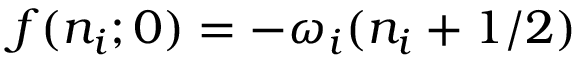
f ( n _ { i } ; 0 ) = - \omega _ { i } ( n _ { i } + 1 / 2 )